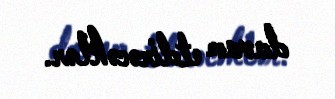
davam etdirəcəklər.